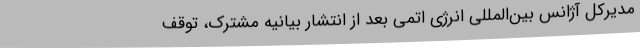
مدیرکل آژانس بین‌المللی انرژی اتمی بعد از انتشار بیانیه مشترک، توقف